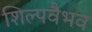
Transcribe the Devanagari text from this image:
शिल्पवैभव